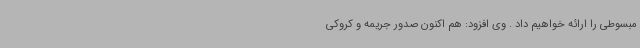
مبسوطی را ارائه خواهیم داد . وی افزود: هم اکنون صدور جریمه و کروکی